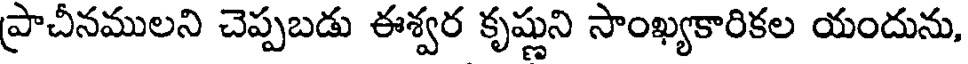
ప్రాచీనములని చెప్పబడు ఈశ్వర కృష్ణుని సాంఖ్యకారికల యందును,